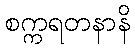
စက္ကရတနာနိ